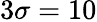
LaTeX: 3\sigma=10